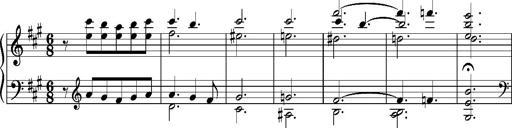
Title: PriÃ¨re d'un enfant Ã  son rÃ©veil
Composer: Franz Liszt
Key: A major